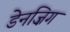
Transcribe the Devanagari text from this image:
डेनज़िग